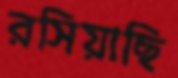
রসিয়াছি